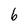
Character: b